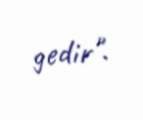
gedir".